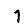
Digit: 1